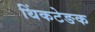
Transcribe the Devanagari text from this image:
थिंकटेङक